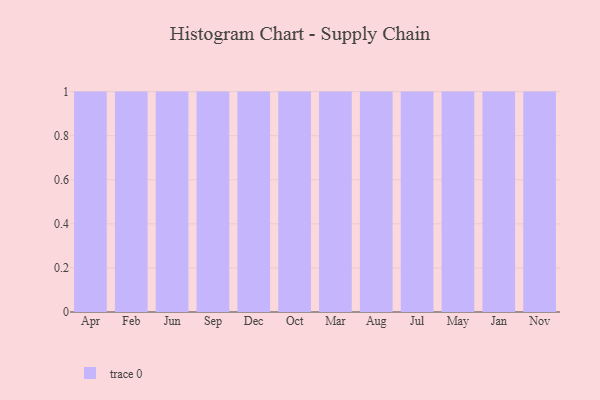
{"axis": {"x": "Month", "y": "LTV (USD)"}, "legend": [""], "data": [{"x": "Apr", "y": 55, "type": ""}, {"x": "Feb", "y": 90, "type": ""}, {"x": "Jun", "y": 23, "type": ""}, {"x": "Sep", "y": 45, "type": ""}, {"x": "Dec", "y": 88, "type": ""}, {"x": "Oct", "y": 96, "type": ""}, {"x": "Mar", "y": 59, "type": ""}, {"x": "Aug", "y": 90, "type": ""}, {"x": "Jul", "y": 71, "type": ""}, {"x": "May", "y": 75, "type": ""}, {"x": "Jan", "y": 78, "type": ""}, {"x": "Nov", "y": 94, "type": ""}]}